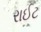
રાઈટ